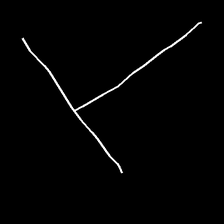
Glyph: column